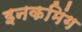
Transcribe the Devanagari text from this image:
इनकमिंग